65_HS1-834228961_62-HQ-83894_Section_9
Agency: FBI
Page 175
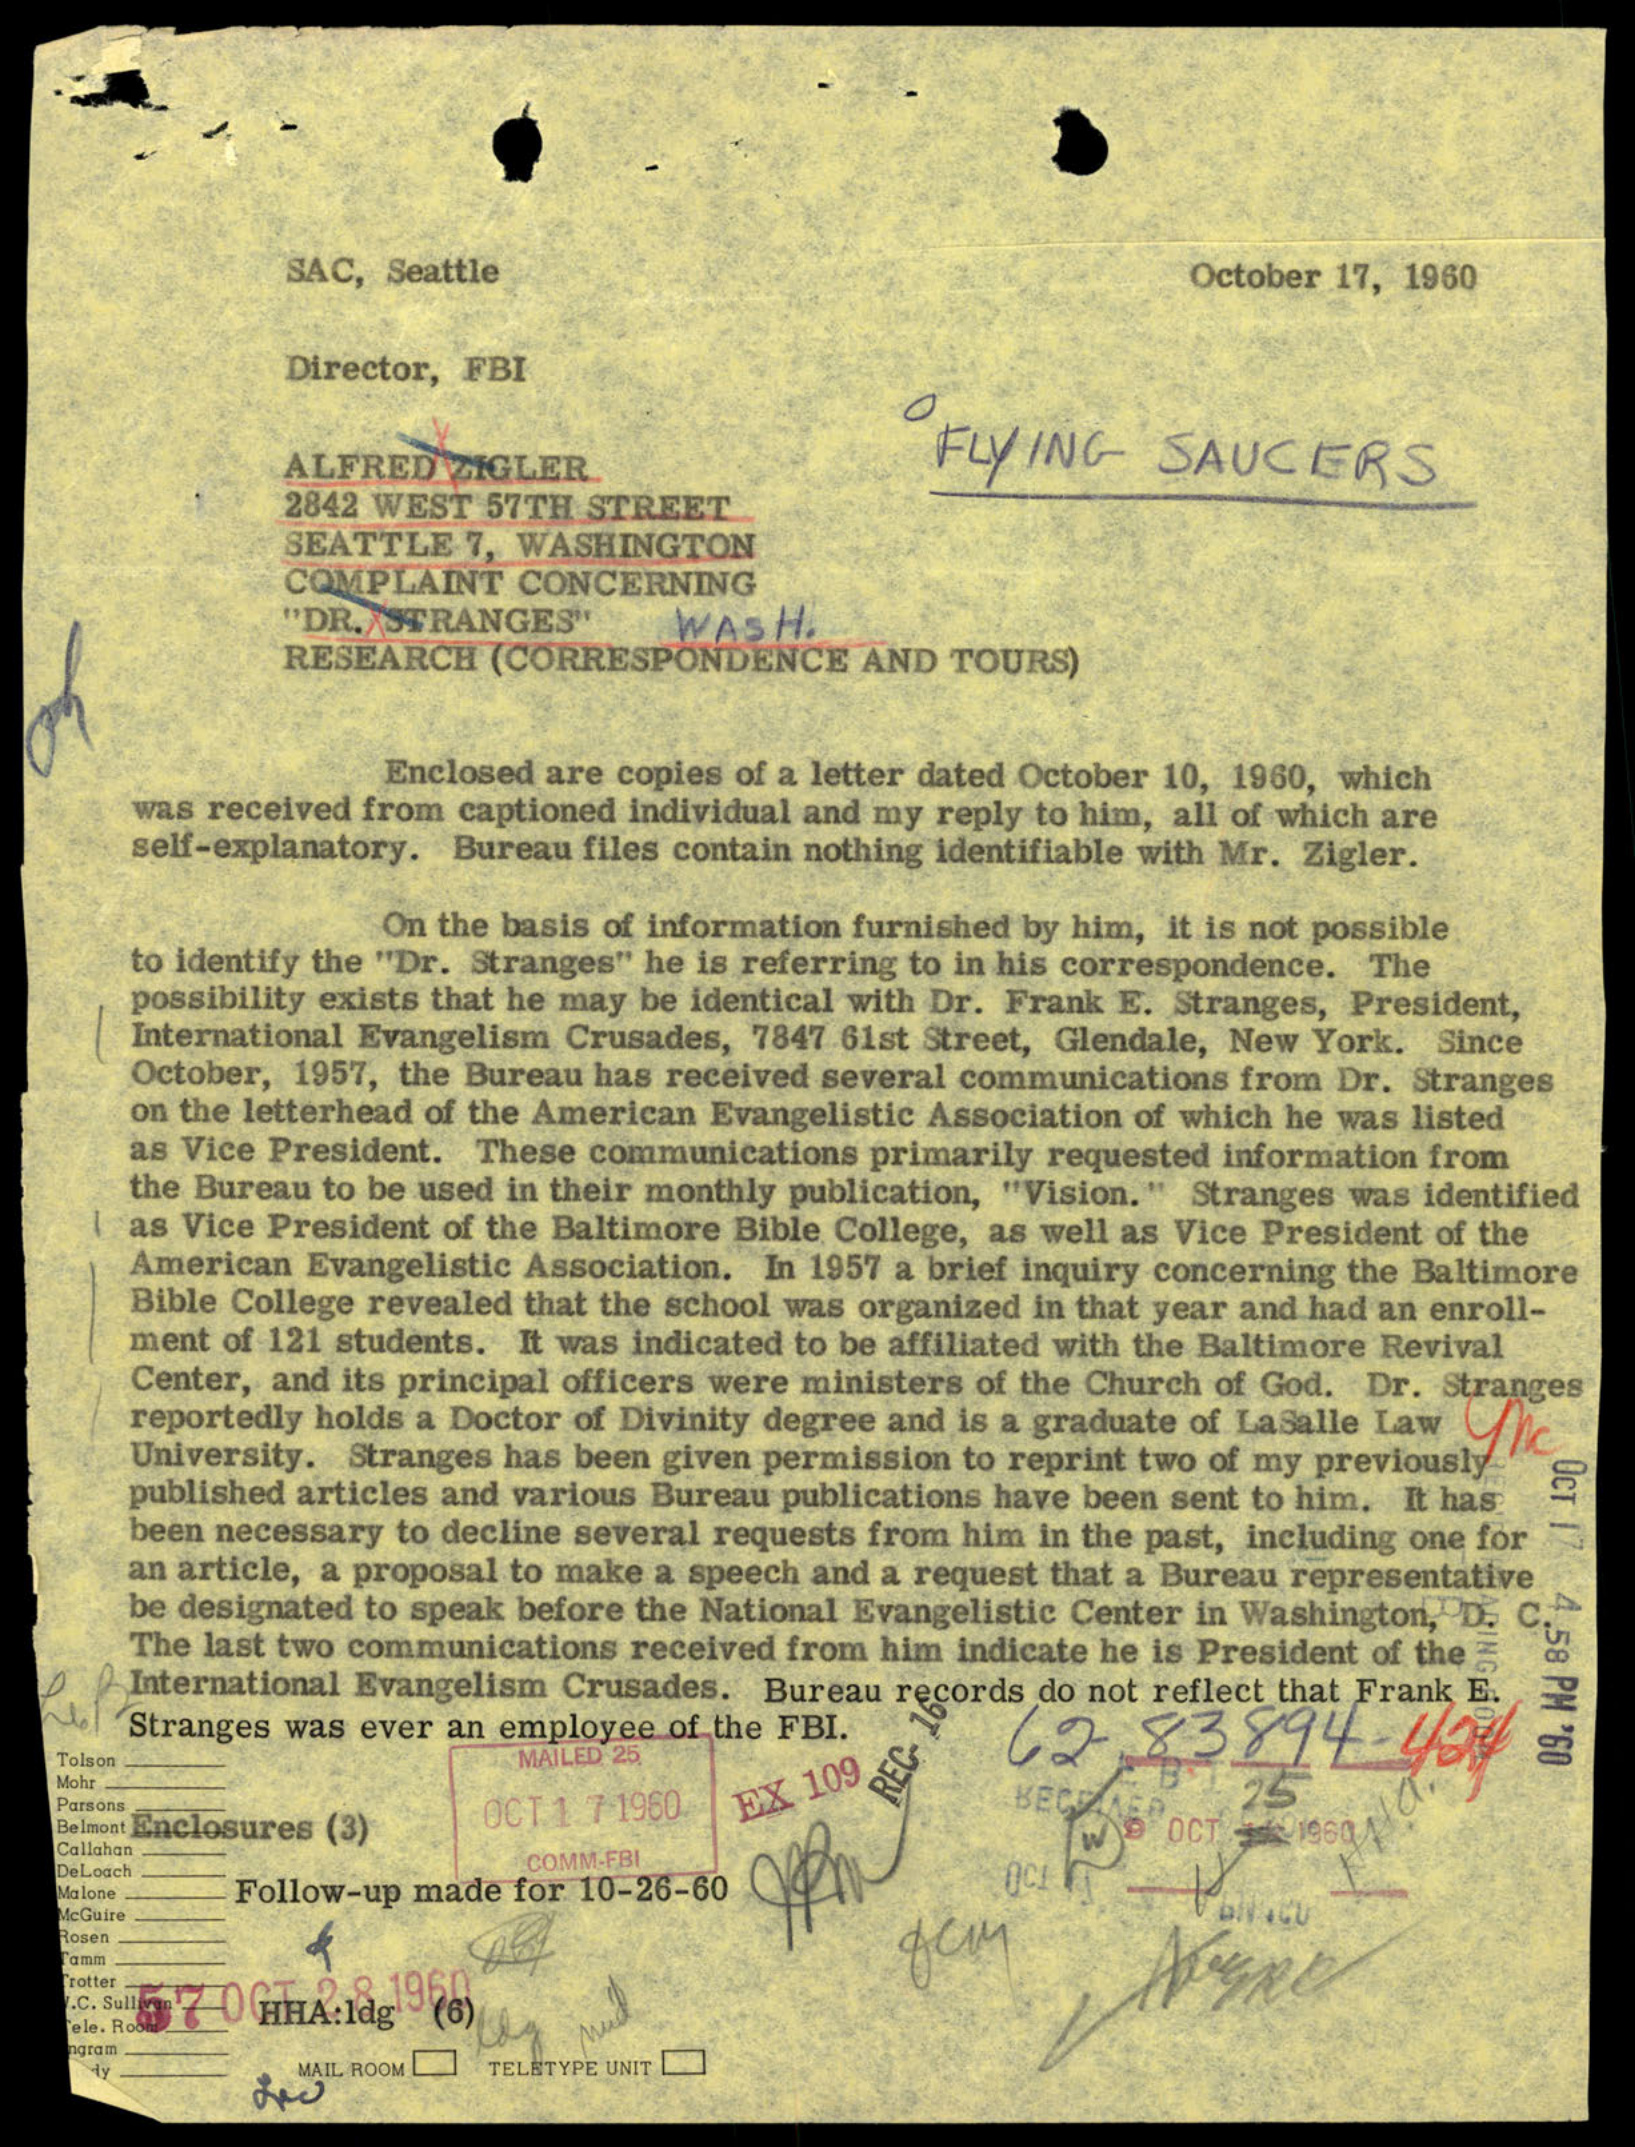